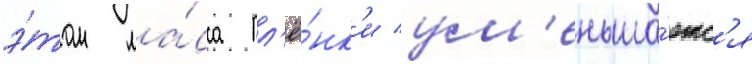
э́том ма́сса пл'ё́нк'и ум'еньша́етс'я